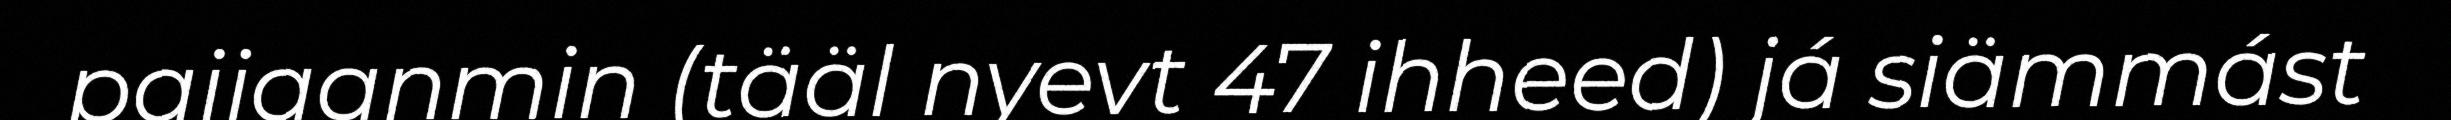
paijaanmin (tääl nyevt 47 ihheed) já siämmást